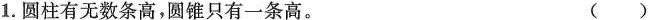
1.圆柱有无数条高，圆锥只有一条高。 ()